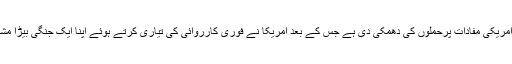
ایران نے مشرق وسطیٰ میں امریکی مفادات پرحملوں کی دھمکی دی ہے جس کے بعد امریکا نے فوری کارروائی کی تیاری کرتے ہوئے اپنا ایک جنگی بیڑا مشرق وسطیٰ میں پہنچا دیا ہے۔